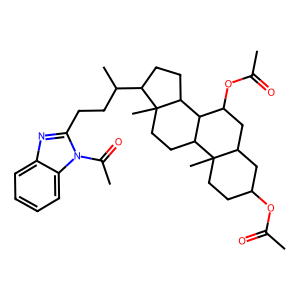
SMILES: CC(=O)OC1CCC2(C)C(C1)CC(OC(C)=O)C1C2CCC2(C)C(C(C)CCc3nc4ccccc4n3C(C)=O)CCC12
Inhibits HIV replication: No